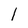
Character: I